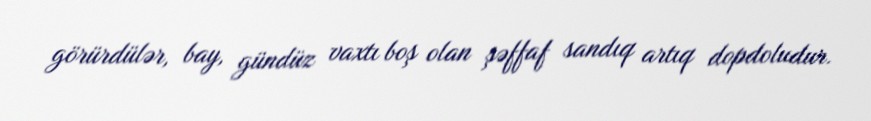
görürdülər, bay, gündüz vaxtı boş olan şəffaf sandıq artıq dopdoludur.